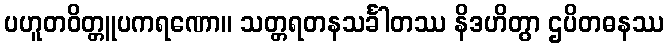
ပဟူတဝိတ္တူပကရဏော။ သတ္တရတနသင်္ခါတဿ နိဒဟိတွာ ဌပိတဓနဿ